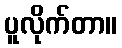
ပူလိုက်တာ။